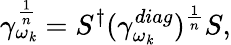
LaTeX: \gamma_{\omega_{\mathit{k}}}^{\frac{{1}}{{n}}}=S^{\dagger}(\gamma_{\omega_{\mathit{k}}}^{diag})^{\frac{{1}}{{n}}}S,